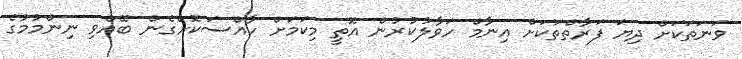
ވަނަތަކަށް ދިޔަ ފަރާތްތަކަށް އިނާމް ހަވާލުކުރުން އޮތީ މިކަމަށް ހާއްސަކޮށްގެން ބޭއްވި ނިންމުމުގެ